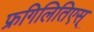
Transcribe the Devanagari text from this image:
फ्रगिलितिएस्